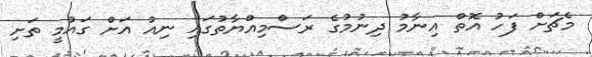
މެޗަށް ފަހު އޮތް އިނާމު ދިނުމުގެ ރަސްމިއްޔާތުގައި ނިއު އަށް ގައުމީ ތަށި